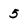
Character: 5